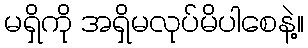
မရှိကို အရှိမလုပ်မိပါစေနဲ့။